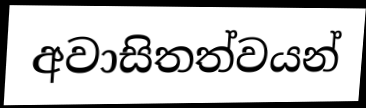
අවාසිතත්වයන්